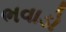
ભવાડો